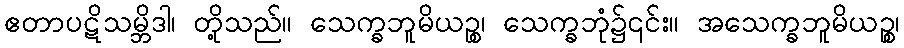
ဧတာပဋိသမ္ဘိဒါ၊ တို့သည်။ သေက္ခဘူမိယဉ္စ၊ သေက္ခဘုံ၌၎င်း။ အသေက္ခဘူမိယဉ္စ၊